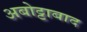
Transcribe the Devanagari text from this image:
अबोट्टाबाद